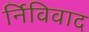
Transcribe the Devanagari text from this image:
र्निविवाद